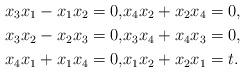
LaTeX: \begin{align*}x_3 x_1-x_1x_2 =0, &x_4x_2+x_2x_4=0,\\x_3 x_2-x_2x_3 =0, &x_3x_4+x_4x_3=0,\\x_4 x_1+x_1x_4 =0, &x_1x_2+x_2x_1=t.\end{align*}